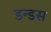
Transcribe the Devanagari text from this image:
डन्डस